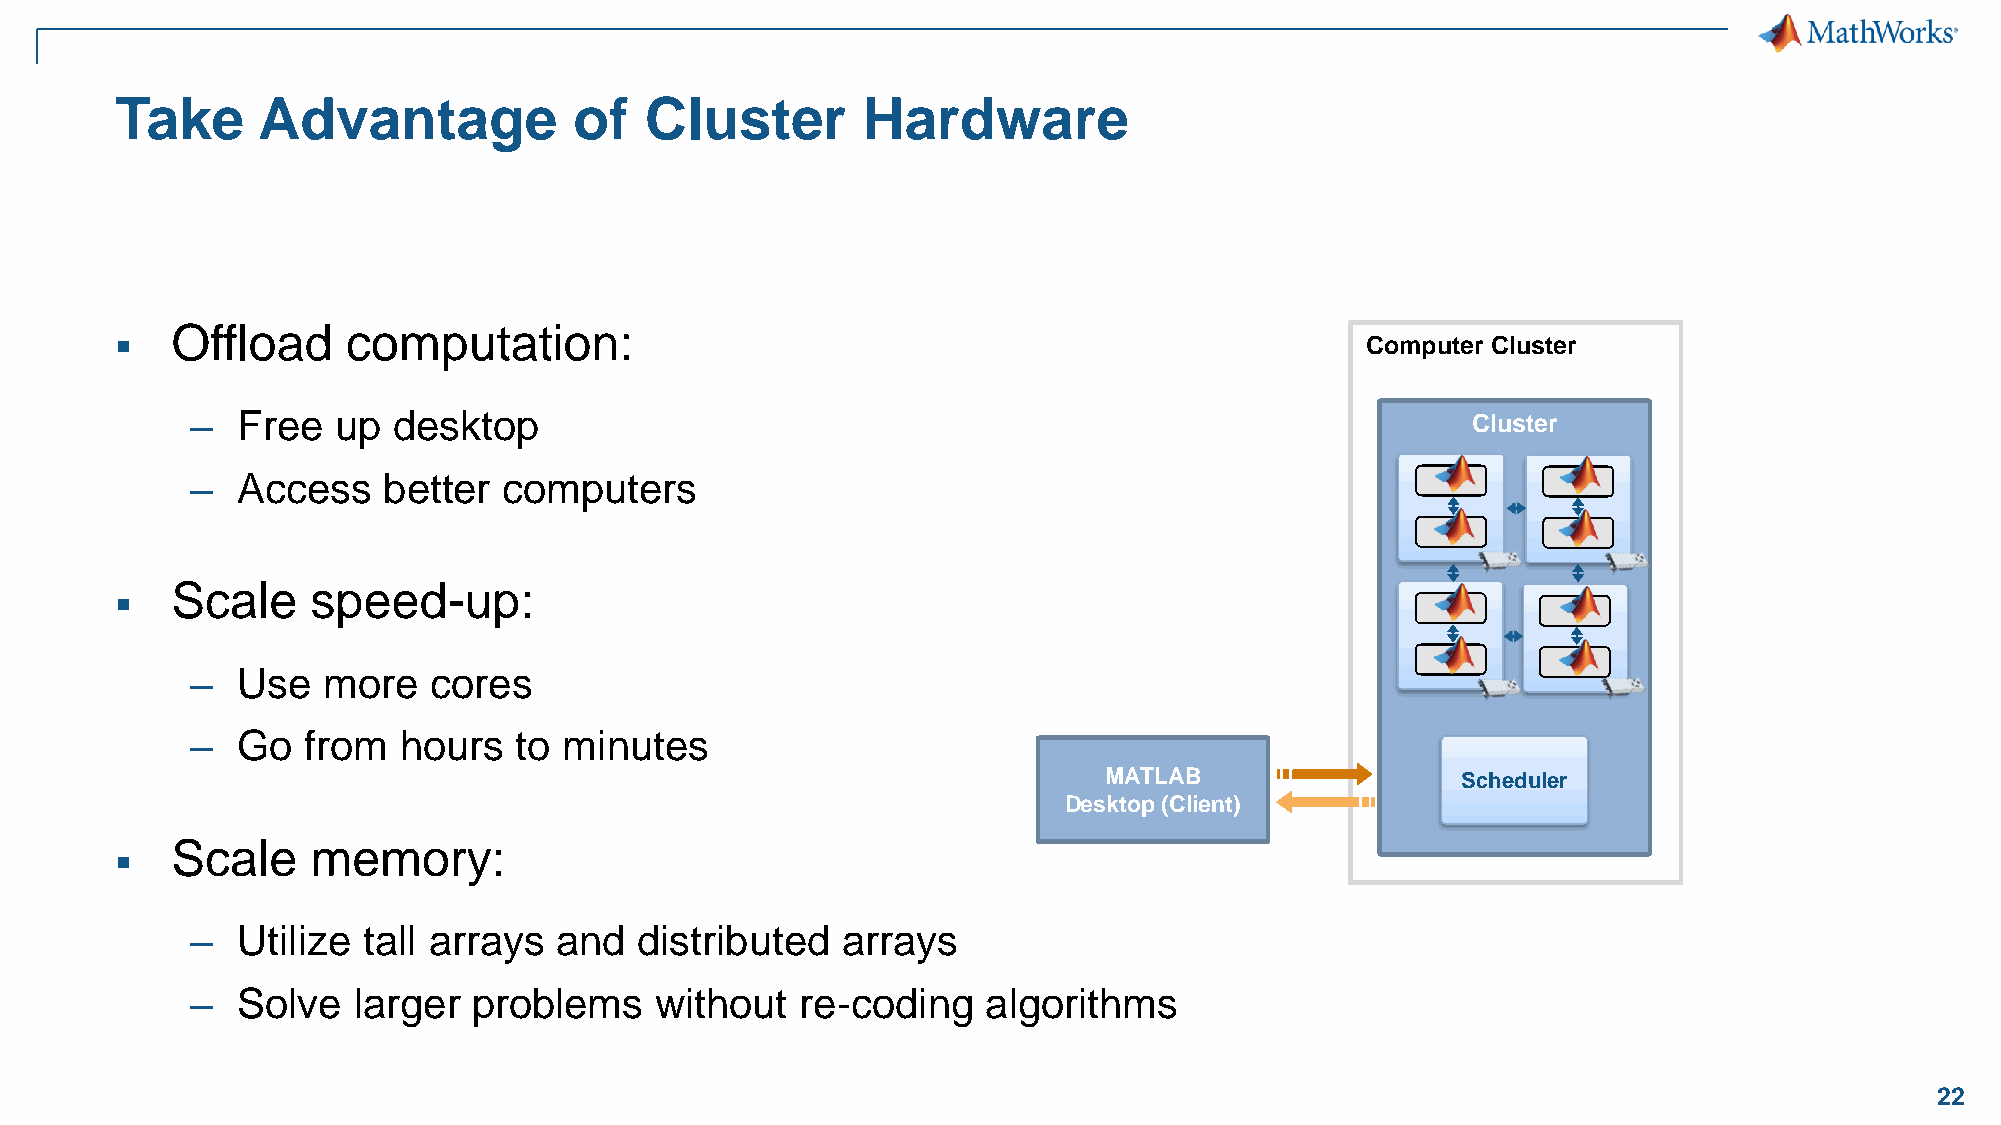
Take     Advantage            of   Cluster       Hardware
 Offload     computation:
 ▪                                                                                 Computer Cluster
 –  Free  up  desktop                                                                Cluster
 –  Access   better  computers
 Scale     speed-up:
 ▪
 –  Use  more   cores
 –  Go  from  hours   to minutes
 MATLAB                  Scheduler
 Desktop (Client)
 Scale     memory:
 ▪
 –  Utilize tall arrays  and  distributed   arrays
 –  Solve  larger  problems    without   re-coding   algorithms
 22